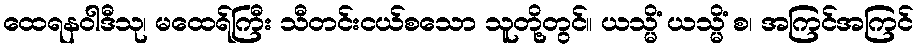
ထေရနဝါဒီသု၊ မထေရ်ကြီး သီတင်းငယ်စသော သူတို့တွင်။ ယသ္မိံ ယသ္မိံ စ၊ အကြင်အကြင်